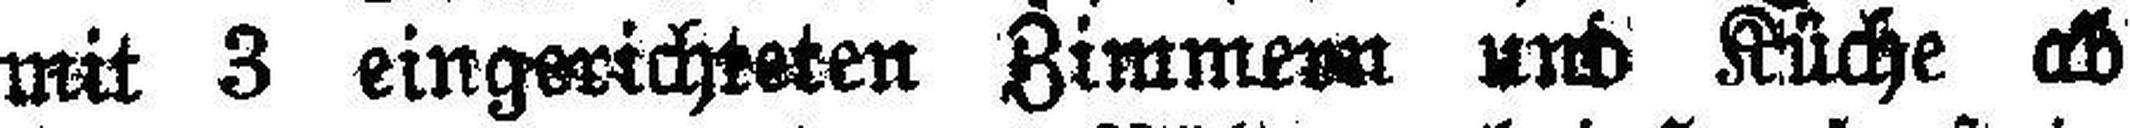
mit 3 eingerichteten Zimmern und Küche ab